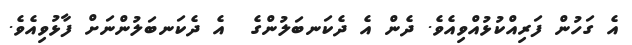
އެ ގަހުން ފަރިއްކުޅުއްވިއެވެ. ދެން އެ ދެކަނބަލުންގެ  އެ ދެކަނބަލުންނަށް ފާޅުވިއެވެ.